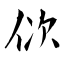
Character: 佽